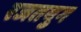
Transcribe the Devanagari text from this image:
रजतयुग